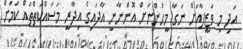
އަދި މި ވަޒީފާއަށް ނަގާ މީހުންނަށް އޮންނާނީ އާދައިގެ އިދާރީ މަސައްކަތްތައް ކަމަށް